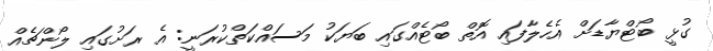
ގުޅީ ބޯޓްޔާޑަށް އެހެލާފައި އޮތް ބޯޓެއްގައި ބަޔަކު މަސައްކަތްކުރަނީ: އެ ރަށުގައި ލޯންޗެއް